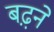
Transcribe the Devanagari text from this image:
बढ़़ने